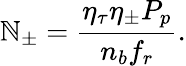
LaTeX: \mathbb{N}_{\pm}=\frac{{\eta_{\tau}\eta_{\pm}P_{p}}}{{n_{b}f_{r}}}.